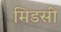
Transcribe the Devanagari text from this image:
मिडसी